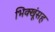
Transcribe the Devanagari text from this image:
भिक्खूंसह